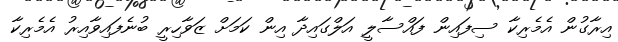
އިރާގުން އެމެރިކާ ސިފައިން ފައްސާލީ އަލްގައިދާ އިން ކަމަށް ޒަވާހިރީ ބުނެފައިވާއިރު އެމެރިކާ